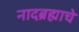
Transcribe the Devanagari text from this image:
नादब्रह्माचे